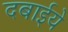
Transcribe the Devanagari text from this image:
दबाईये